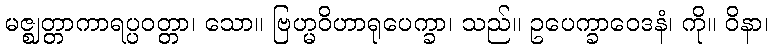
မဇ္ဈတ္တာကာရပ္ပဝတ္တာ၊ သော။ ဗြဟ္မဝိဟာရုပေက္ခာ၊ သည်။ ဥပေက္ခာဝေဒနံ၊ ကို။ ဝိနာ၊